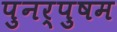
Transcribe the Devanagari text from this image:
पुनर्पुषम